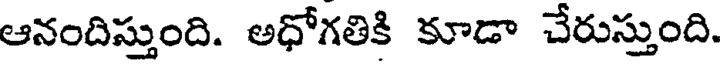
ఆనందిస్తుంది. అధోగతికి కూడా చేరుస్తుంది.